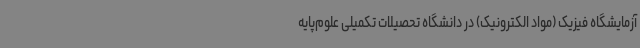
آزمایشگاه فیزیک (مواد الکترونیک) در دانشگاه تحصیلات تکمیلی علوم‌پایه